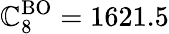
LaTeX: \mathbb{C}_{8}^{\mathrm{{BO}}}=1621.5